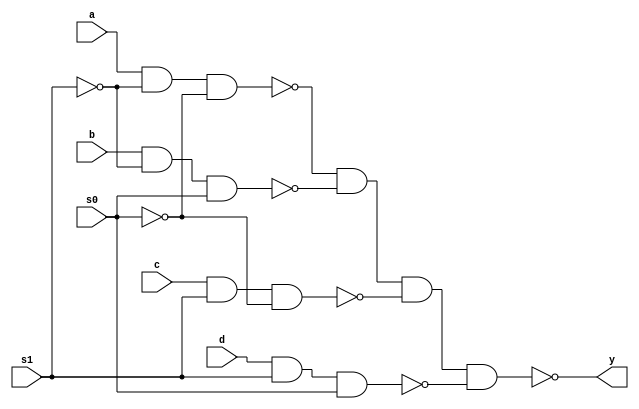
`timescale 1ns/1ns
module MyMUX(
	input s0,s1,a,b,c,d,
	output y
);
	wire s0_not,s1_not,g,p,t,z;
	nand #(10,8) nand_1(s0_not,s0,s0);
	nand #(10,8) nand_2(s1_not,s1,s1);
	nand #(10,8) nand_3(g,a,s1_not,s0_not);
	nand #(10,8) nand_4(p,b,s1_not,s0);
	nand #(10,8) nand_5(t,c,s1,s0_not);
	nand #(10,8) nand_6(z,d,s1,s0);
	nand #(10,8) nand_7(y,g,p,t,z); 
endmodule